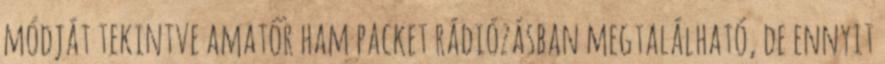
módját tekintve amatőr ham packet rádiózásban megtalálható, de ennyit